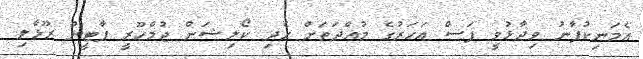
އެމަނިކުފާނު ވިދާޅުވީ ފަސް އަހަރުގެ މުއްދަތަށް ހެދި ކޯލިޝަން ޖުމްހޫރީ ޕާޓީން ރޫޅާލި